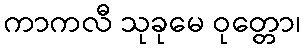
ကာကလီ သုခုမေ ဝုတ္တော၊